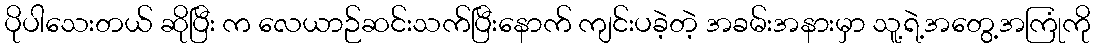
ပိုပါသေးတယ် ဆိုပြီး က လေယာဉ်ဆင်းသက်ပြီးနောက် ကျင်းပခဲ့တဲ့ အခမ်းအနားမှာ သူ့ရဲ့အတွေ့အကြုံကို